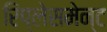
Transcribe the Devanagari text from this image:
रिप्लेसमेन्ट